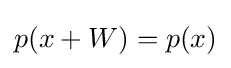
p(x+W)=p(x)